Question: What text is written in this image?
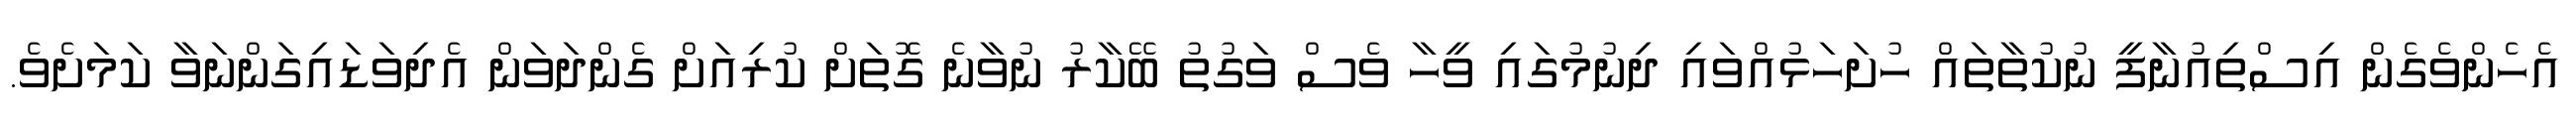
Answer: އެހެންވެގެން އިސްތިއުނާފީ ނުކުތާތައް ހުށަހަޅުއްވައި ދިނުމުގައި ވީހާ ވެސް ވަގުތު ބޭކާރު ނުވާނެ ގޮތަށް ކުރިއަށް ގެންދަވަން އެދިވަޑައިގަންނަވާ ކަމަށެވެ.